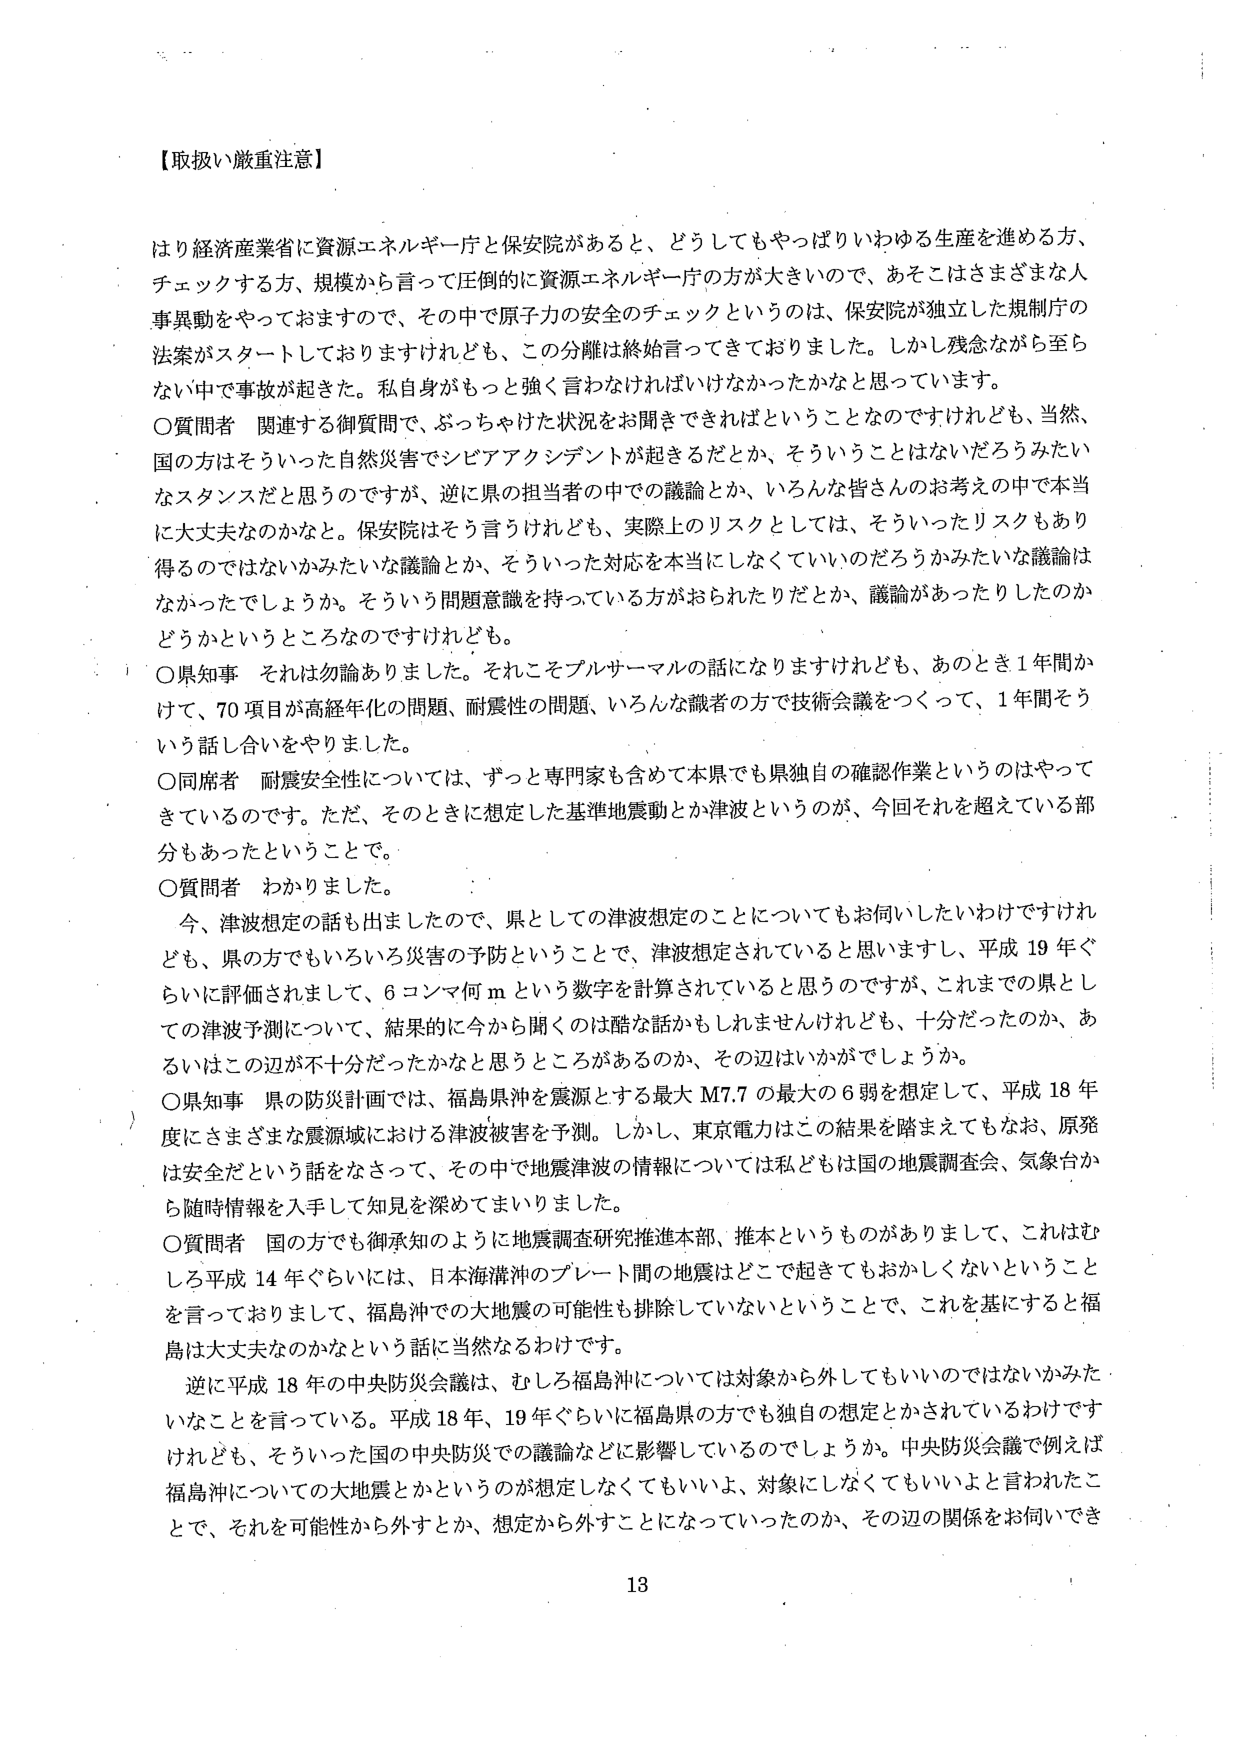
【取扱い厳重注意】

はり経済産業省に資源エネルギー庁と保安院があると、どうしてもやっぱりいわゆる生産を進める方、チェックする方、規模から言って圧倒的に資源エネルギー庁の方が大きいので、あそこはさまざまな人事異動をやっておますので、その中で原子力の安全のチェックというのは、保安院が独立した規制庁の法案がスタートしておりますけれども、この分離は終始言ってきておりました。しかし残念ながら至らない中で事故が起きた。私自身がもっと強く言わなければいけなかったかなと思っています。

〇質問者 関連する御質問で、ぶっちゃけた状況をお聞きできればということなのですがけれども、当然、国の方はそういった自然災害でシビアアクシデントが起きるだとか、そういうことはないだろうみたいなスタンスだと思うのですが、逆に県の担当者の中での議論とか、いろんな皆さんのお考えの中で本当に大丈夫なのかなと。保安院はそう言うけれども、実際上のリスクとしては、そういったリスクもあり得るのではないかみたいな議論とか、そういった対応を本当にしなくていいのだろうかみたいな議論はなかったでしょうか。そういう問題意識を持っている方がおられたリだとか、議論があったりしたのかどうかというところなのですがけれども。

〇県知事 それは勿論ありました。それこそプルサーマルの話になりますけれども、あのとき1年間かけて、70項目が高経年化の問題、耐震性の問題、いろんな識者の方で技術会議をつくって、1年間そういう話し合いをやりました。

〇同席者 耐震安全性については、ずっと専門家も含めて本県でも県独自の確認作業というのはやってきているのです。ただ、そのときに想定した基準地震動とか津波というのが、今回それを超えている部分もあったということで。

〇質問者 わかりました。

今、津波想定の話も出ましたので、県としての津波想定のことについてもお伺いしたいわけですがけれども、県の方でもいろいろ災害の予防ということで、津波想定されていると思いますし、平成19年ぐらいに評価されまして、6コンマ何mという数字を計算されていると思うのですが、これまでの県としての津波予測について、結果的に今から聞くのは酷な話かもしれませんが、十分だったのか、あるいはこの辺が不十分だったかなと思うところがあるのか、その辺はいかがでしょうか。

〇県知事 県の防災計画では、福島県沖を震源とする最大M7.7の最大の6弱を想定して、平成18年度にさまざまな震源域における津波被害を予測。しかし、東京電力はこの結果を踏まえてもなお、原発は安全だという話をなさって、その中で地震津波の情報については私どもは国の地震調査会、気象台から随時情報を入手して知見を深めてまいりました。

〇質問者 国の方でも御承知のように地震調査研究推進本部、推本というものがありまして、これはむしろ平成14年ぐらいには、日本海溝沖のプレート間の地震はどこで起きてもおかしくないということを言っておりまして、福島沖での大地震の可能性も排除していないということで、これを基にすると福島は大丈夫なのかなという話に当然なるわけです。

逆に平成18年の中央防災会議は、むしろ福島沖については対象から外してもいいのではないかみたいなことを言っている。平成18年、19年ぐらいに福島県の方でも独自の想定とかされているわけですがけれども、そういった国の中央防災での議論などに影響しているのでしょうか。中央防災会議で例えば福島沖についての大地震とかというのが想定しなくてもいいよ、対象にしなくてもいいよと言われたことで、それを可能性から外すとか、想定から外すことになっていったのか、その辺の関係をお伺いでき

13